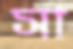
সা